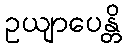
ဥယျာပေန္တိ